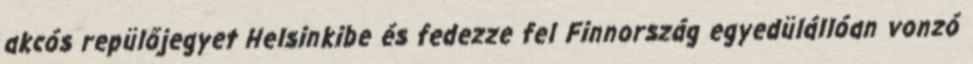
akcós repülőjegyet Helsinkibe és fedezze fel Finnország egyedülállóan vonzó